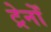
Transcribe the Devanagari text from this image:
ट्रेनोँ